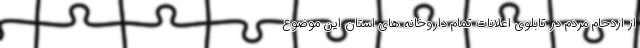
از ازدحام مردم در تابلوی اعلانات تمام داروخانه های استان این موضوع